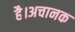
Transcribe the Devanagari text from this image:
है।अचानक